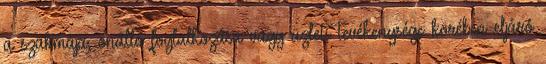
a szakmája, önálló foglalkozása vagy üzleti tevékenysége körében eljáró